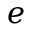
e